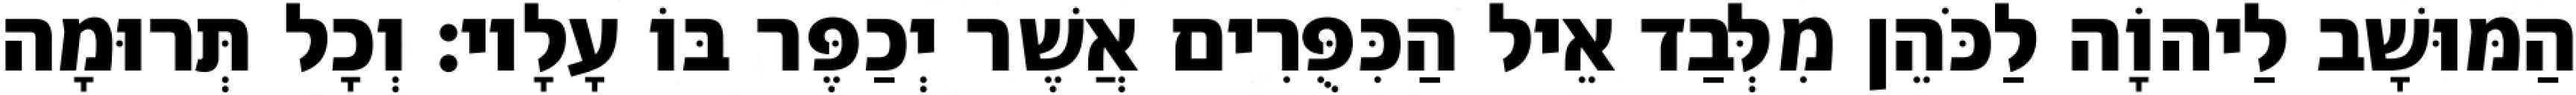
הַמּוּשָׁב לַיהוָֹה לַכֹּהֵן מִלְּבַד אֵיל הַכִּפֻּרִים אֲשֶׁר יְכַפֶּר בּוֹ עָלָיו׃ וְכָל תְּרוּמָה